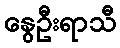
နွေဦးရာသီ